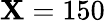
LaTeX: \mathbf{X}=150